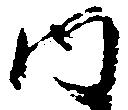
内